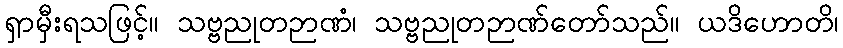
ရှာမှီးရသဖြင့်။ သဗ္ဗညုတဉာဏံ၊ သဗ္ဗညုတဉာဏ်တော်သည်။ ယဒိဟောတိ၊